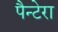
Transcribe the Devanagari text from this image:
पैन्टेरा